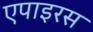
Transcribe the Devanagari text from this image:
एपाइरस